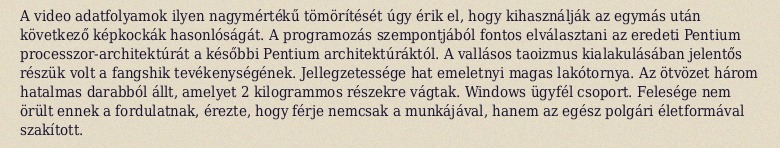
A video adatfolyamok ilyen nagymértékű tömörítését úgy érik el, hogy kihasználják az egymás után következő képkockák hasonlóságát. A programozás szempontjából fontos elválasztani az eredeti Pentium processzor-architektúrát a későbbi Pentium architektúráktól. A vallásos taoizmus kialakulásában jelentős részük volt a fangshik tevékenységének. Jellegzetessége hat emeletnyi magas lakótornya. Az ötvözet három hatalmas darabból állt, amelyet 2 kilogrammos részekre vágtak. Windows ügyfél csoport. Felesége nem örült ennek a fordulatnak, érezte, hogy férje nemcsak a munkájával, hanem az egész polgári életformával szakított.